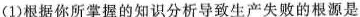
(1)根据你所掌握的知识分析导致生产失败的根源是